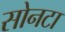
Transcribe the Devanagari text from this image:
सोनटा